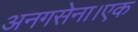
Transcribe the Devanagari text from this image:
अनगसेना।एक